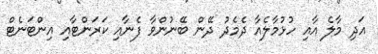
އަދި މާލެ އާއި ހުޅުމާލެއާ ދެމެދު ދޭން ބޭނުންވާ ފެނާއި ކަރަންޓާއި އިންޓަނެޓް